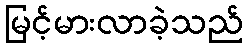
မြင့်မားလာခဲ့သည်